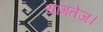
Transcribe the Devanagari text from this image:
यांगतेज।